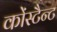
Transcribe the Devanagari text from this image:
कोंस्टैन्ट